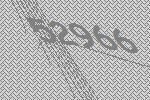
52966